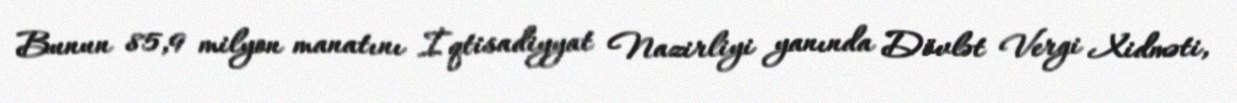
Bunun 85,9 milyon manatını İqtisadiyyat Nazirliyi yanında Dövlət Vergi Xidməti,